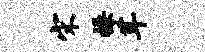
宋操茸